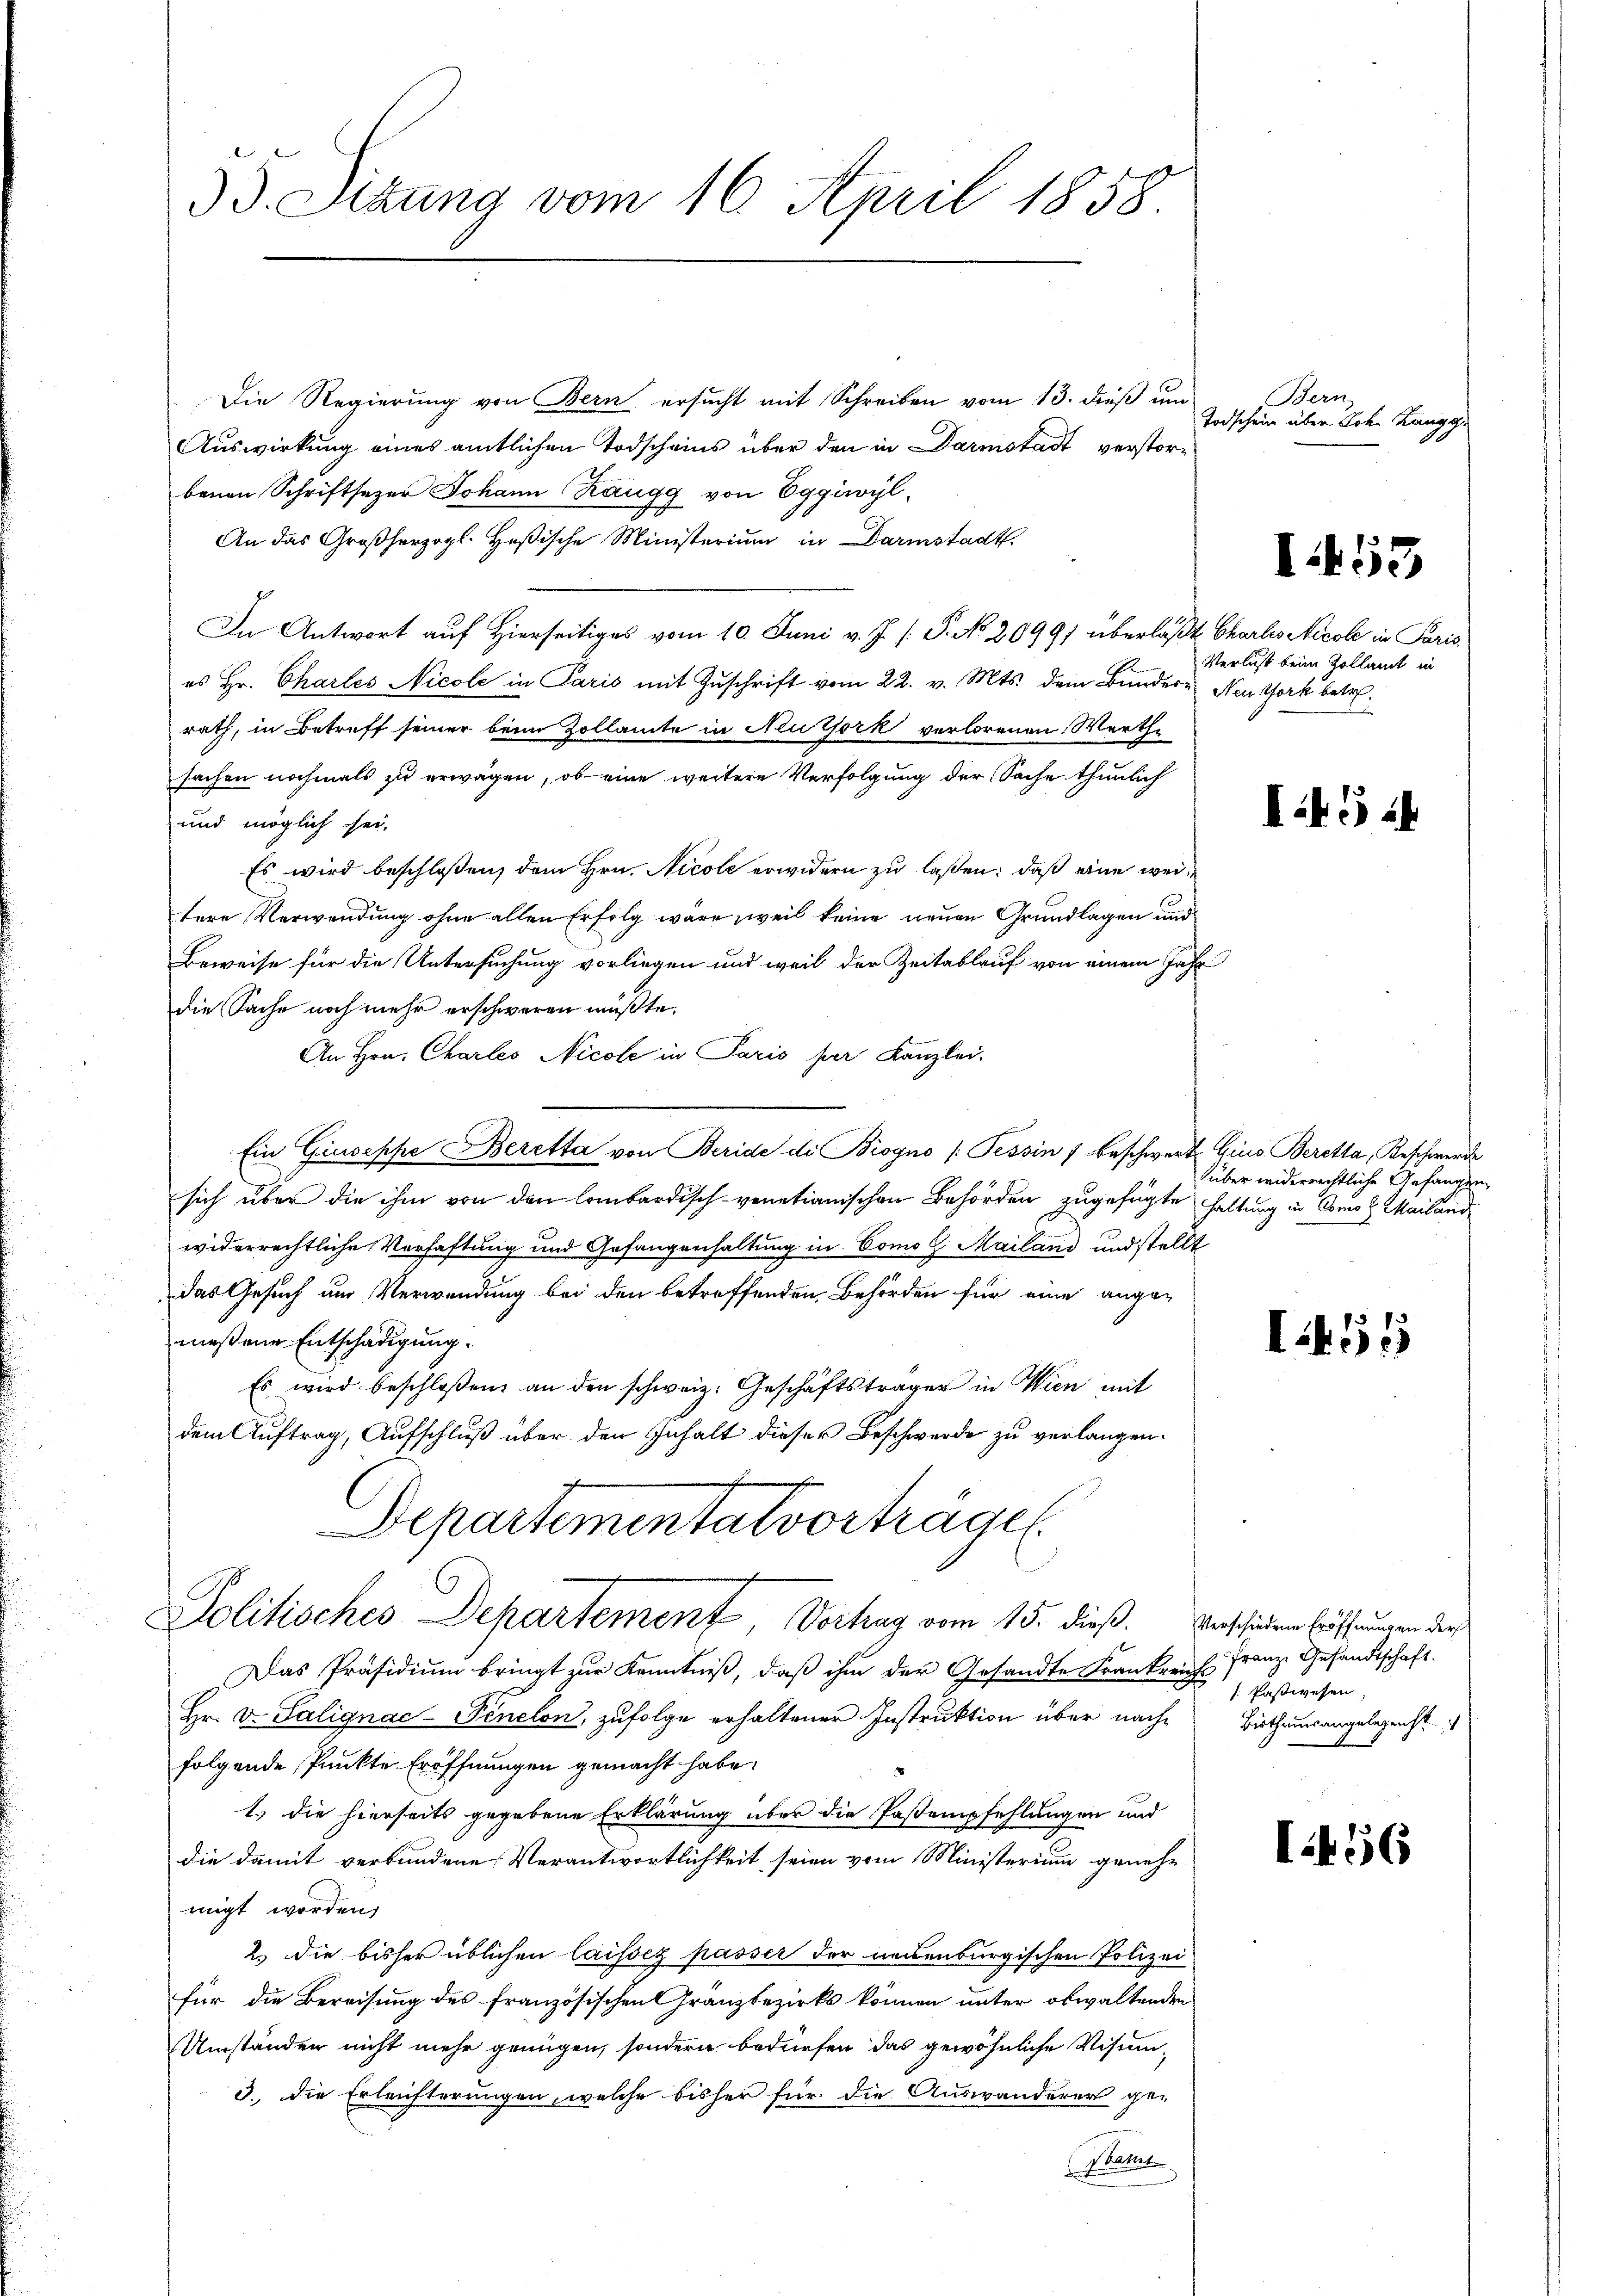
35. Sizung vom 16. April 1858.

Die Regierung von Bern ersucht mit Schreiben vom 13. dieß um
Auswirkung eines amtlichen Todscheins über den in Darmstadt verstorbenen Schriftsezer Johann Räugg von Eggivyl¬
An das Großherzogl. Heßische Ministerium in Darmstadt.
In Antwort auf Hierseitiges vom 10. Juni v. J. P. No. 20991 überläßt Charlo Nicole in Paris
es Hr. Chartes Nicole in Paris mit Zŭschrift vom 22. v. Mts. dem Bundere Neu York betr.
rath, in Betreff seiner beim Zollamte in Neutjork verlorenen Werthe
sachen nochmals zu erwagen, ob eine weitere Verfolgung der Sache thunlich
und möglich sei.
Es wird beschloßen, dem Hrn. Nicole erwidern zu laßen; daß eine weitere Verwendung ohne allen Erfolg wäre weil keine neuen Grundlagen und
Beweise für die Untersuchung vorliegen und weil der Zeitablauf von einem Jahr
die Sache noch mehr erschweren müßte.
An Hrn. Charleo Nicole in Paris per Kanzlei.
Ein Giuseppe Beretta von Beride di Biogno (Tessin 7 beschwert Gius Beretta, Beschwerde
sich über die ihm von den lombardisch-venetianischen Behörden zugefügte haltung in Como z. Mailand
widerrechtliche Verhaftung und Gefangenhaltung in Como l. Mailand und stellt
das Gesuch um Verwendung bei den betreffenden Behörden für eine angemeßene Entschädigung.
Es wird beschloßen an den schweiz. Geschäftsträger in Wien mit
dem Auftrag, Aufschluß über den Inhalt dieser Beschwerde zu verlangen.
Departemental vorträge.
Politisches Departement, Vorlag vom 15. dieß.
Das Präsidium bringt zur Kenntniß, daß ihm der Gesandte Frankreich Franze Gesandtschaft.
Hr. v. Salignac-Penclon, zufolge erhaltener Instruktion über nach Bistheinsangelegenst
folgende Punkte Eröffnungen gemacht habe.
1.) die hierseits gegebene Erklärung über die Pasempfehlungen und
die damit verbundene Verantwortlichkeit seien vom Ministerium geneh-
migt worden,
2. die bisher üblichen laissez passer der neuenburgischen Polizei
für die Bereisung des französischen Gränzbezirks können unter obwaltenden
Umständen nicht mehr genügen, sondern bedürfen das gewöhnliche Visum-
3. die Erleichterungen, welche bisher für die Auswanderer ge-
Fatirte

Bern
Todschein über Joh. Kangg.

53

Verlust beim Zollamt in

I.524

über widerrechtliche Gefangen

I.455

Verschiedene Eröffnungen der
 Paßwesen,

I.56